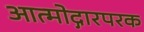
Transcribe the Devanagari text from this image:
आत्मोद्गारपरक